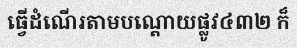
ធ្វើដំណើរតាមបណ្តោយផ្លូវ៤៣២ ក៏